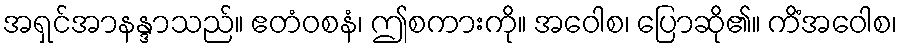
အရှင်အာနန္ဒာသည်။ ဧတံဝစနံ၊ ဤစကားကို။ အဝေါစ၊ ပြောဆို၏။ ကိံအဝေါစ၊